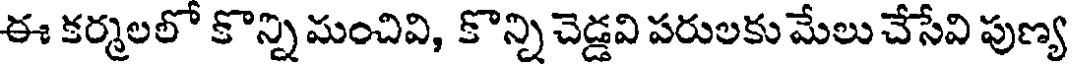
ఈ కర్మలలో కొన్ని మంచివి, కొన్ని చెడ్డవి పరులకు మేలు చేసేవి పుణ్య